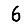
Digit: 6